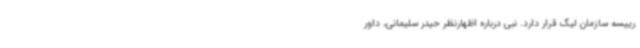
رییسه سازمان لیگ قرار دارد. نبی درباره اظهارنظر حیدر سلیمانی، داور